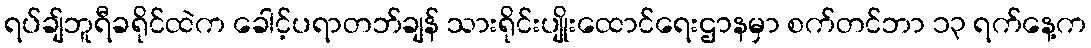
ရပ်ချ်ဘူရီခရိုင်ထဲက ခေါင့်ပရာတဘ်ချန် သားရိုင်းပျိုးထောင်ရေးဌာနမှာ စက်တင်ဘာ ၁၃ ရက်နေ့က